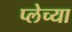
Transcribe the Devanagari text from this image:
प्लेच्या